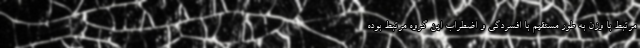
مرتبط با وزن به طور مستقیم با افسردگی و اضطراب این گروه مرتبط بوده